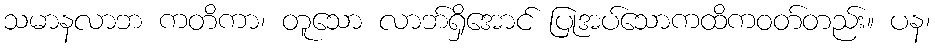
သမာနလာဘ ကတိကာ၊ တူသော လာဘ်ရှိအောင် ပြုအပ်သောကထိကဝတ်တည်း။ ပန၊